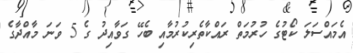
އެމައްސަލަ ކޯޓުގެ ހުރުމަތް ރައްކާތެރިކުރުމާއި ބެހޭ ގަވާއިދު ގެ 5 ވަނަ މާއްދާގެ